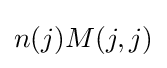
n(j)M(j,j)